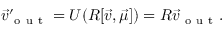
\vec { v } _ { \mathrm { ~ o ~ u ~ t ~ } } ^ { \prime } = U ( R [ \vec { v } , \vec { \mu } ] ) = R \vec { v } _ { \mathrm { ~ o ~ u ~ t ~ } } .